Eesti_Vabariigi_Tartu_Ulikool, lk 78
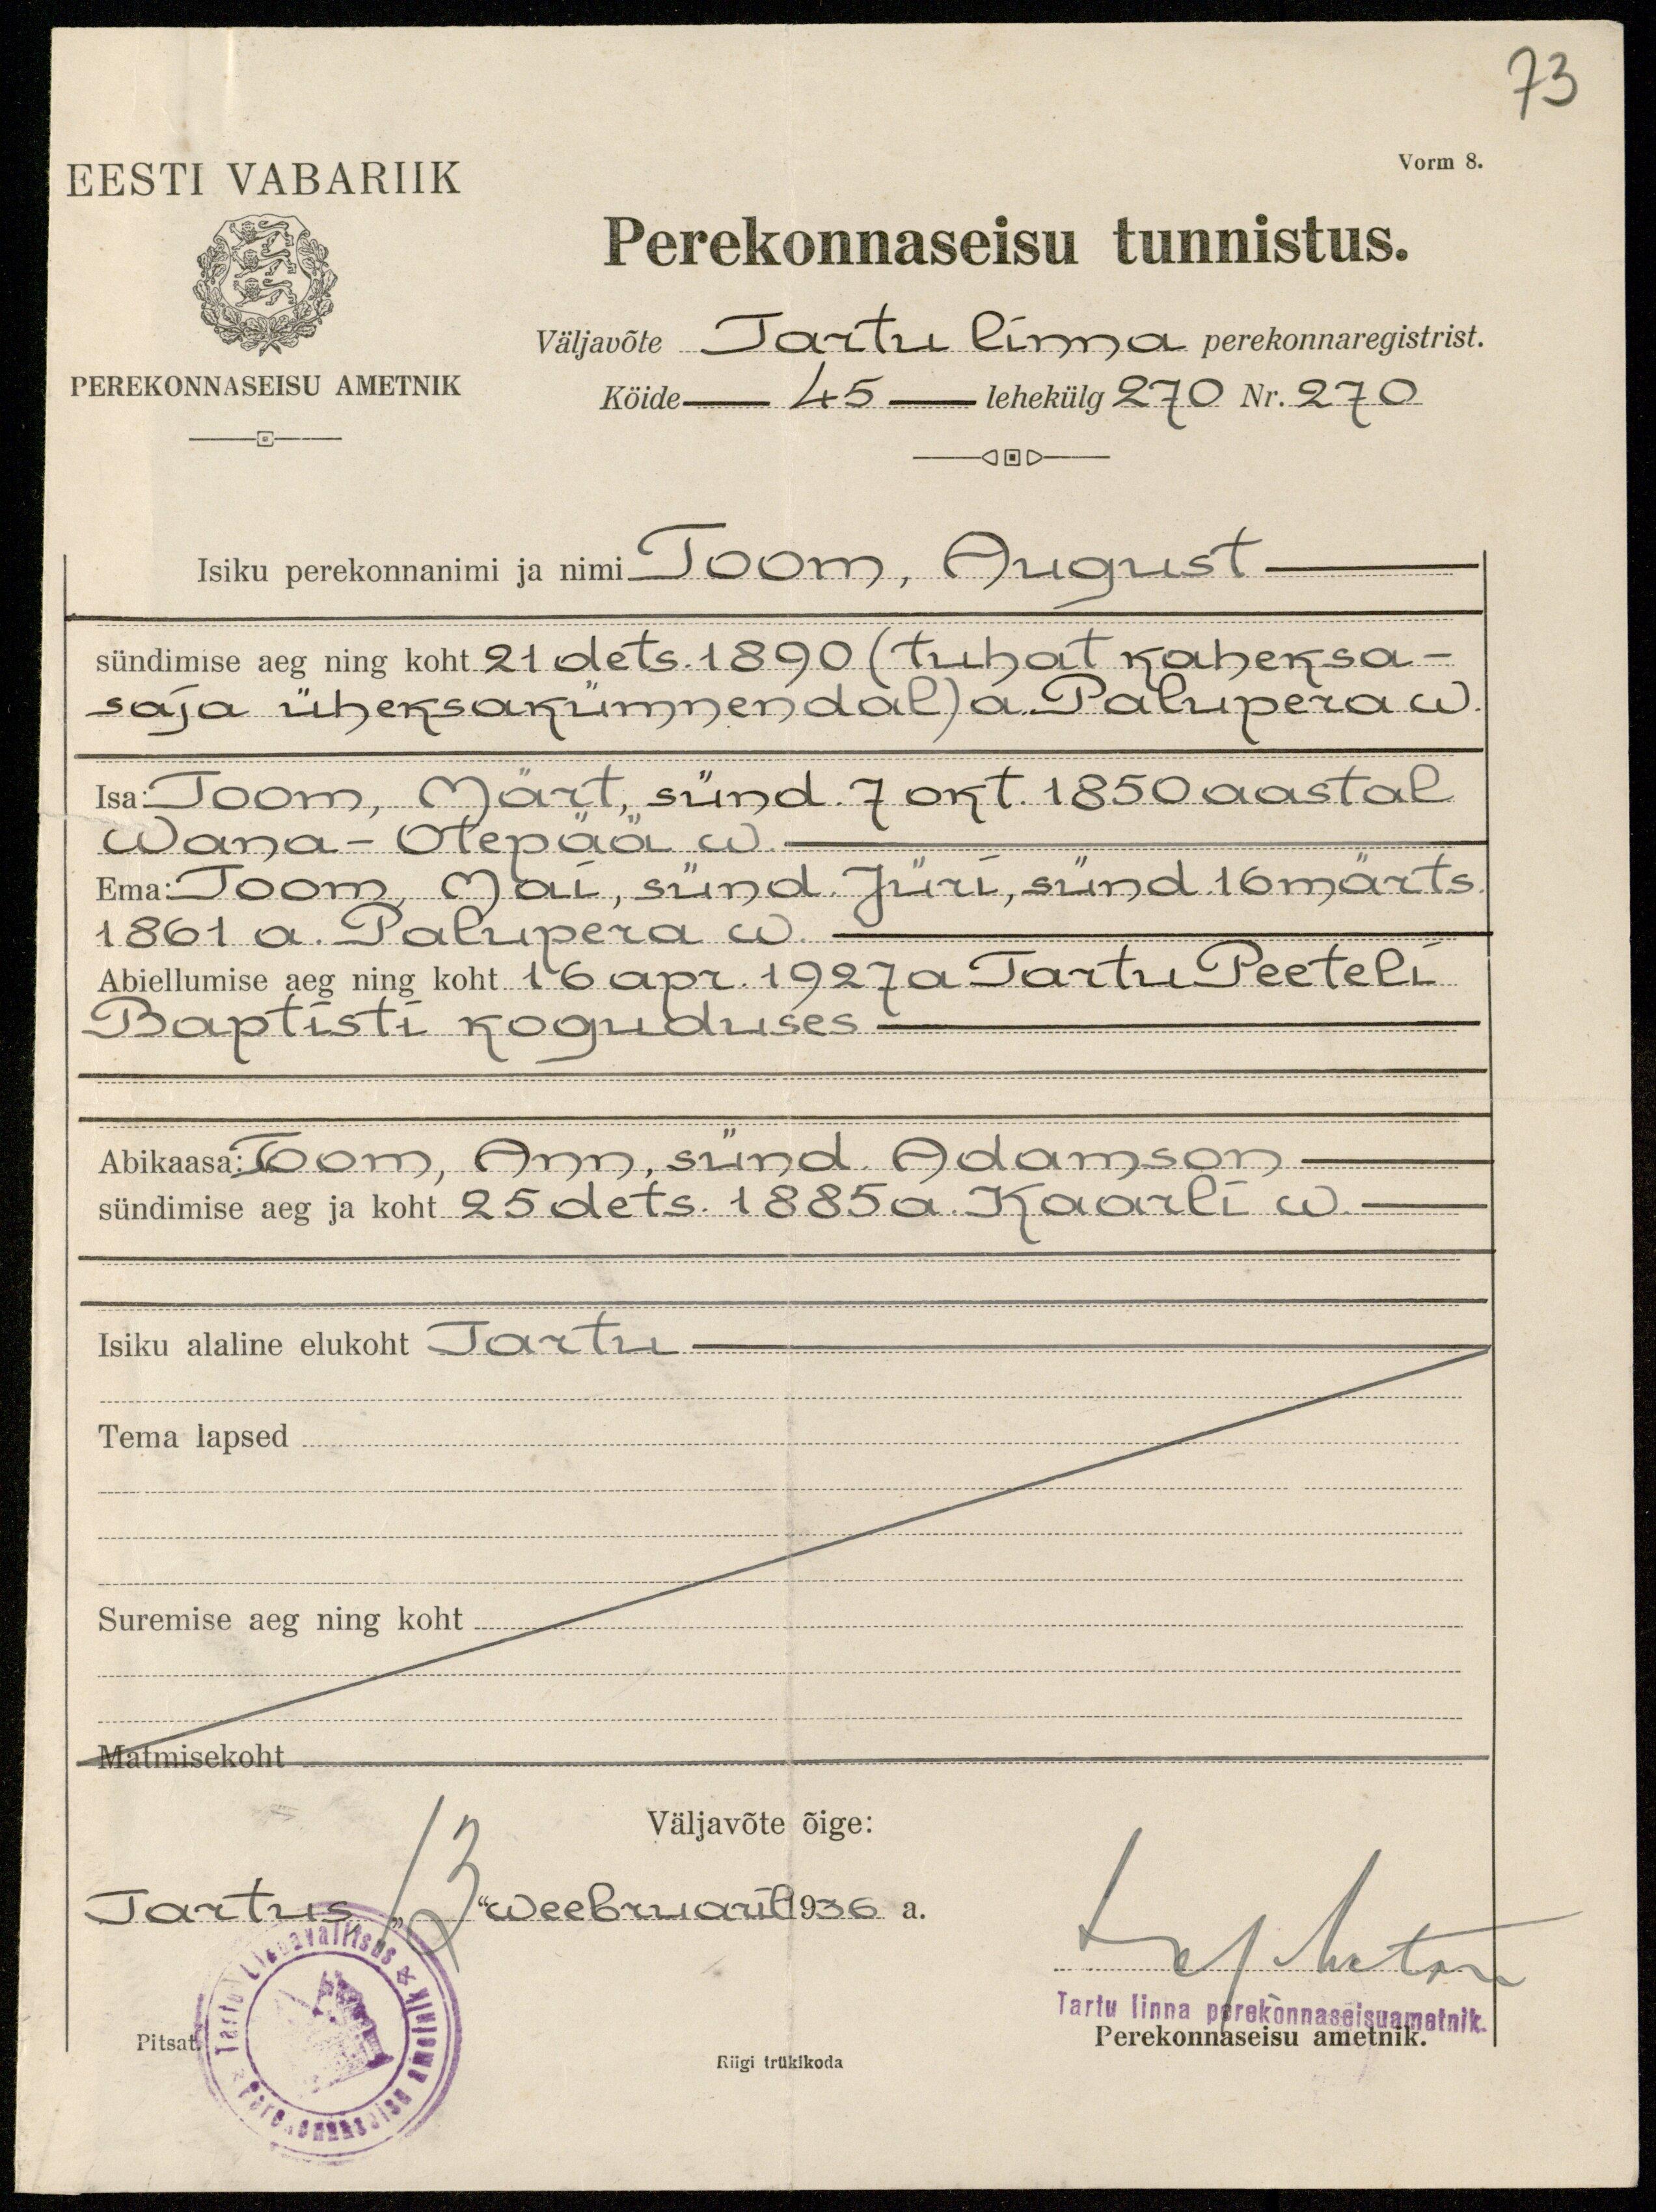
73
Vorm 8.
EESTI VABARIIK
PEREKONNASEISU AMETNIK
Perekonnaseisu tunnistus.
Väljavõte Tartu linna perekonnaregistrist.
Köide - 45 lehekülg 270 Nr. 270
Isiku perekonnanimi ja nimi Toom, August.
sündimise aeg ning koht 21 dets. 1890 (tuhat kaheksa-
saja üheksakümmendal) a. Palupera w.
Isa: Toom, Märt, sünd. 7 okt. 1850 aastal
Wana-Otepää w.
Ema Toom, Mai, sünd. Jüri, sünd. 16 märts.
1861 a. Palupera w.
Abiellumise aeg ning koht 16 apr. 1927a Tartu Peeteli
Baptisti koguduses.
Abikaasa: Toom, Ann, sünd. Adamson
sündimise aeg ja koht 25 dets. 1885 a. Kaarli w.
Isiku alaline elukoht Tartu.
Tema lapsed
Suremise aeg ning koht
Matmisekoht
Tartus, 13 weebruaril 1936 a.
Väljavõte õige:
Lasheton
Tartu linna perekonnaseisuametnik
Pitsat
Riigi trükikoda
Perekonnaseisu ametnik.